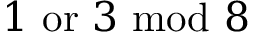
1 { \mathrm { ~ o r ~ } } 3 { \mathrm { ~ m o d ~ } } 8